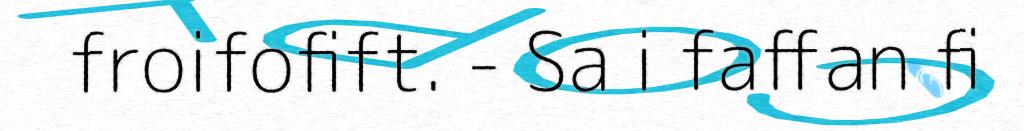
froifofift. - Sa i faffan fi